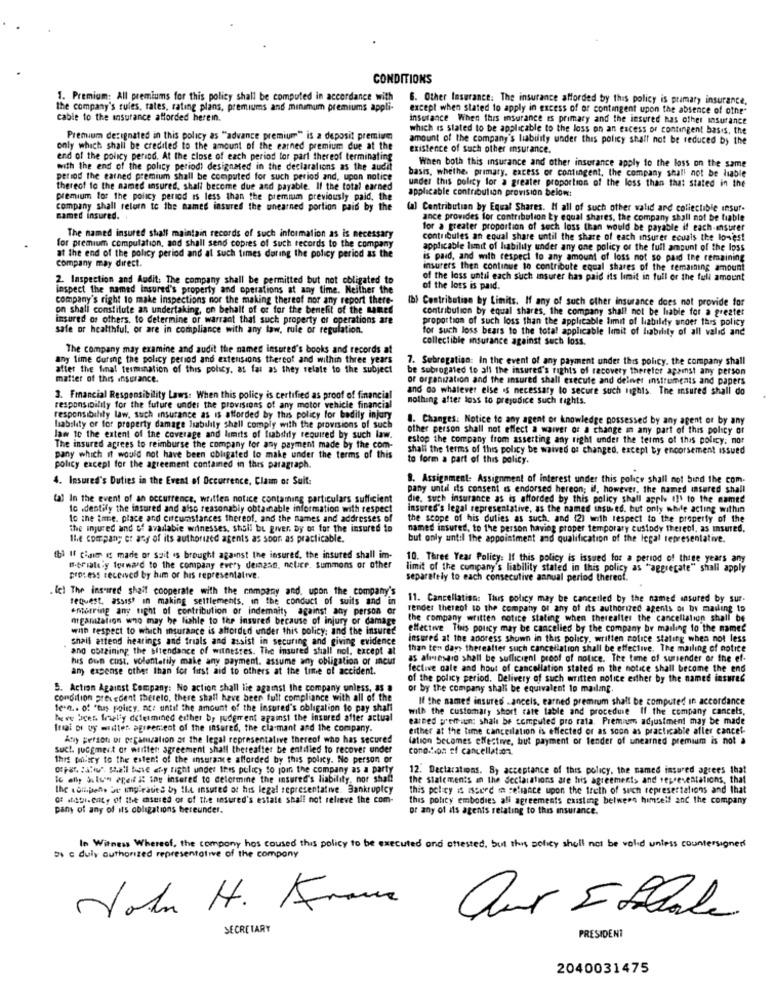
CONDITIONS
1. Premium: All premiums for this policy shall be computed in accordance with
6. Other Insurance: The insurance afforded by this policy is primary insurance,
the company's rules, rates, rating plans, premiums and minimum premiums appli-
except when stated to apply in excess of or contingent upon the absence of othe"
cable to the insurance afforded herein.
insurance When this insurance es primary and the insured has other insurance
which is stated to be applicable to the loss on an excess or contingent basis, the
Premium designated in this policy as ""advance premium" is a deposit premium
amount of the company's liability under this policy shall not be reduced by the
only which shall be credited to the amount of the earned premium due at the
existence of such other insurance.
end of the policy period. At the close of each period for part thereof terminating
with the end of the policy period) designated in the declarations as the audit
basis, whethe. primary. excess or contingent, the company shall not be liable
When both this insurance and other insurance apply to the loss on the same
period the earned premium shall be computed for such period and, upon notice
thereof to the named insured, shall become due and payable. Il the total earned
under this policy for a greater proportion of the loss than that stated in the
applicable contribution provision below:
premium for the policy period is less than the premium previously paid, the
company shall return to the named insured the unearned portion paid by the
(al Contribution by Equal Shares. H all of such other walid and collectible insuf.
named insured.
ance provides for contribulion Ly equal shares, the company shall not be liable
for a greater proportion of such loss (han would be payable if each-ensurer
The named insured shall maintain records of such information as is necessary
contribules an equal share until the share of each insurer ecuals the lowest
for premium computation, and shall send copies of such records to the company
applicable limit of hability under any one policy of the full amount of the loss
company may direct.
at the end of the policy period and at such times during the policy period as the
is paid, and with respect to any amount of loss not so paid the remaining
insurers then continue to contribute equal shares of the remaining amount
2. Inspection and Audit: The company shall be permitted but not obligated to
of the loss until each such insurer has paid its limit in full or the full amount
inspect the named insured's property and operations at any time. Neither the
of the loss is paid.
company's right to make inspections nor the making thereof nor any report there-
(b) Contribution by Limits. If any of such other insurance does not provide for
on shall constitute an undertaking, on behalf of or for the benefit of the Baned
contribution by equal shares, the company shall not be liable for a greater
insured os others, to determine of warrant that such property of operations are
proportion of such loss than the applicable limit of liabildy wnoer this policy
safe or healthful, or are in compliance with any law, rule of regulation.
for such loss bears to the total applicable limit of hiability of all valid and
collectible insurance against such loss.
The company may examine and audit the named insured's books and records at
any time during the policy period and extensions thereof and within three years
7. Sebregation: In the event of any payment under this policy. the company shall
after the final termination of this policy. as far as they relate to the subject
be subrogated to all the insured's rights of recovery therefer apamst any person
matter of this insurance.
or organization and the insured shall execute and deliver instruments and papers
and do whatever else is necessary to secure such lights. The msured shall do
3. Financial Responsibility Laws: When this policy is certified as proof of financial
nothing after loss to prejudice such tights.
responsibility for the future under the provisions of any motor vehicle financial
responsibility law, such insurance as is afforded by this policy for bodily injury
1. Changes: Notice to any agent or knowledge possessed by any agent or by any
hability or for property damage labulily shall comply with the provisions of such
other person shall not effect a waiver of a change in any part of this policy of
lam to the extent of the coverage and limits of frabsily required by such law.
estop the company from asserting any right under the terms of this policy. nor
The insured agrees to reimburse the company for any payment made by the com-
shali the terms of this policy be waived of changed, except by encorsement issued
pany which it would not have been obligated to make under the terms of this
to form a part of this policy.
policy except for the agreement contamed in thes paragraph.
4. Insured's Duties in the Event of Occurrence, Claim or Suit:
8. Assignment- Assignment of interest under this policy shall not bind the com.
panty until its consent is endorsed hereon; if, however, the named insured shall
(al In the event of an occurrence, written notice contaming particulars sufficient
die. such insurance as is afforded by this policy shall apple (1) to the mamte
to identify the insured and also reasonably obtainable information with respect
insured's legal representative, as the named insured. but only while acting within
to the time. place and circumstances thereof, and the names and addresses of
the scope of his duties as such, and (2) with respect to the property of the
the injured and of available witnesses, shall be giver. Dy os for the insured to
named insured, to the person having proper temporary custody thereof, as msured.
Ile company et any of its authorized agents as soon as practicable.
but only until the appointment and qualification of the legal representative.
thi If claim is made of sait is brought against the insured, the insured shall im-
10. Three Year Policy: If this policy is issued for a period of thige years any
B-ePiattiy forward to the company every deinase, notice. summons or other
limit of the company's liability stated in this policy as "aggregate" shall apply
process received by him or his representative.
separately to each consecutive annual period thereof.
fel The inspired shaif cooperate with the company and, upon the company's
request, assist in making settlements, in the conduct of suits and in
11. Cancellation: Tius policy may be cancelled by the named ansured by sur.
emotring any tight of contribution of indemnity against any person or
render thereof to the company of any of its authorized agents of by mailing to
argamtation who may be liable to the insured because of injury or damage
the company written notice stating when thereafter the cancellation shall be
with respect to which msurance is afforded under this policy; and the insured
effective Tinis pourcy may be cancelled by the company br mailing to the named
shall attend hearings and trials and assist in securing and giving evidence
insured at the address shown in this policy, written notice stating when not less
and obtaining the Bitendance of witnesses. The insured shall not, except at
than ten days thereafter such cancellation shall be effective. The mailing of notice
huis oun cost. voluntarily make any payment. assume any obligation or incur
as almesaro shall be sufficient proof of notice. The time of sunsender or the ef-
am expense other than for first aid to others at the time of accident.
fective cale and hout of cancellation stated in the notice shall become the end
of the policy period. Delivery of such written notice either by the named insured
5. Action Against Company: No action shall lie against the company unless, as a
or by the company shall be equivalent to mailing.
condition present Thereto, there shall have been full compliance with all of the
If the named insured . ancels, earned premium shall be computed in accordance
le.n .. of "tus policy. ac: until the amount of the insured's obligation to pay shall
with the customary short rate table and procedure If the company cancels,
hoeve Sicer. fraelly determined either by judgment against the insured after actual
earned y'emuun; shall be computed pro rata. Premiums adjustment may be made
frai of oy winter agreement of the insured, the cla mant and the company.
either at the time cancellation is effected or as soon as practicable afler cancel-
Any person or poramization at the legal representative thereof who has secured
(ation Secomes effective, but payment or tender of unearned premium is not a
suct. judgment of written agreement shall thereafter be entitled to recover under
cono.bon ef cancellato.
this policy to the extent of the insurance afforded by this policy. No person or
of Far. : aRu". Shall bese fy tight under this policy to join the company as a party
12. Declarations. B) acceptance of this policy, the named insured agrees that
le ally Sulun Preif it the intered to determine the insured's liability, nor shall
the Statements an the declarations are his agreements and representations, that
Ihc compens bor ipirates by the insured of his legal representative. Bankruptcy
this policy is isced in reliance upon the truth of such representations and that
of .Abient, of the casered of of the insured's estate shall not relieve the com-
this policy embodies all agreements existing between himself and the company
pany of any of its obligations hereunder.
or any of its agents relating to this insurance.
In Witness Whereof, the company hos coused this policy to be executed ond attested, but this policy shall not be vold unless countersigned
Doc duly authorized representative of the company
John H. France
SECRETARY
PRESIDENT
2040031475